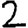
Digit: 2